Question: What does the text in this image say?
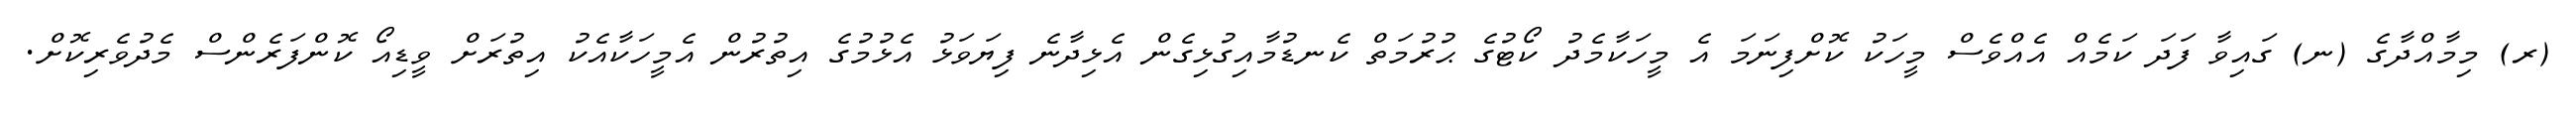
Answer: (ރ) މިމާއްދާގެ (ނ) ގައިވާ ފަދަ ކަމެއް އެއްވެސް މީހަކު ކޮށްފިނަމަ އެ މީހަކާމެދު ކޯޓުގެ ޙުރުމަތް ކެނޑުމާއިގުޅިގެން އެޅިދާނެ ފިޔަވަޅު އެޅުމުގެ އިތުރުން އެމީހަކާއެކު އިތުރަށް ވީޑިއޯ ކޮންފަރެންސް މެދުވެރިކޮށް.